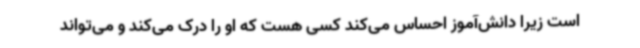
است زیرا دانش‌آموز احساس می‌کند کسی هست که او را درک می‌کند و می‌تواند